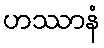
ဟဿာနံ